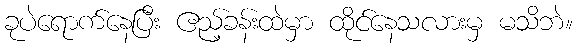
ခုပဲရောက်နေပြီး ဧည့်ခန်းထဲမှာ ထိုင်နေသလားမှ မသိဘဲ။